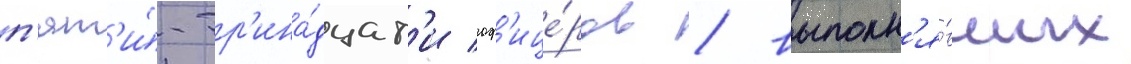
п'ят'и́-тр'ина́дцат'и оф'ице́ров / выполн'я́вших